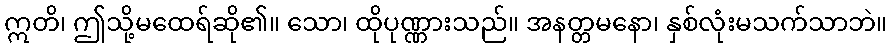
ဣတိ၊ ဤသို့မထေရ်ဆို၏။ သော၊ ထိုပုဏ္ဏားသည်။ အနတ္တမနော၊ နှစ်လုံးမသက်သာဘဲ။